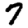
Digit: 7